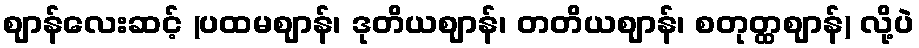
ဈာန်လေးဆင့် (ပထမဈာန်၊ ဒုတိယဈာန်၊ တတိယဈာန်၊ စတုတ္ထဈာန်) လို့ပဲ